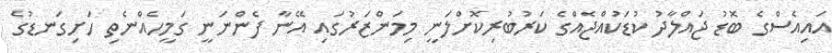
އައިއެސްގެ ބޮޑު ޖައްލާދު ކުޑަކުއްޖެއްގެ ކަރުބުރިކޮށްލަނީ މިމަންޒަރުގައި އޭނާ ފެންނަނީ ގަމީހެއްނެތި ހަށިގަނޑުގެ